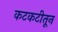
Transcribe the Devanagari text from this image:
कटकटीतून